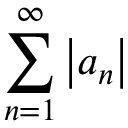
\sum _ { n = 1 } ^ { \infty } \left\vert a _ { n } \right\vert